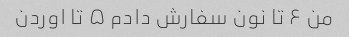
من ۶ تا نون سفارش دادم ۵ تا اوردن